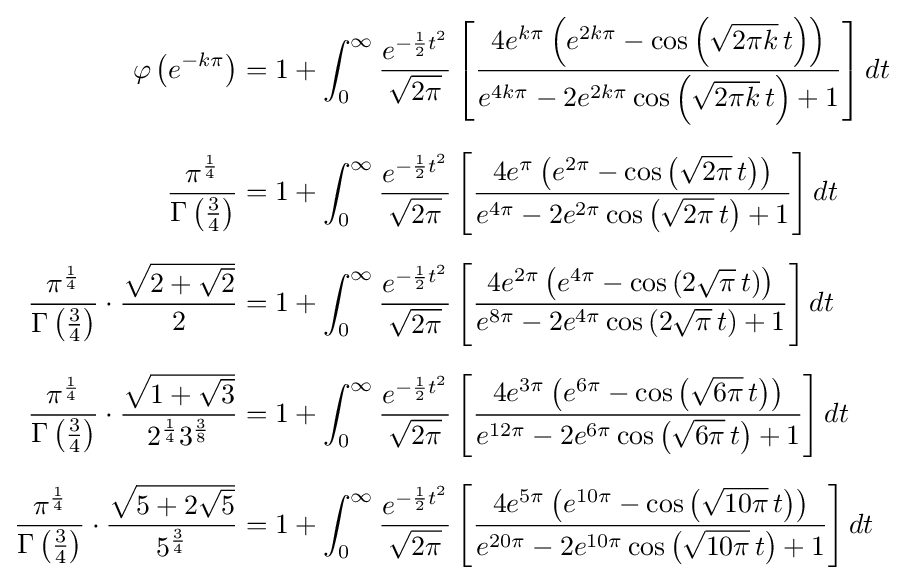
{\begin{aligned}\varphi \left(e^{-k\pi }\right)&=1+\int _{0}^{\infty }{\frac {e^{-{\frac {1}{2}}t^{2}}}{\sqrt {2\pi }}}\left[{\frac {4e^{k\pi }\left(e^{2k\pi }-\cos \left({\sqrt {2\pi k}}\,t\right)\right)}{e^{4k\pi }-2e^{2k\pi }\cos \left({\sqrt {2\pi k}}\,t\right)+1}}\right]dt\\[6pt]{\frac {\pi ^{\frac {1}{4}}}{\Gamma \left({\frac {3}{4}}\right)}}&=1+\int _{0}^{\infty }{\frac {e^{-{\frac {1}{2}}t^{2}}}{\sqrt {2\pi }}}\left[{\frac {4e^{\pi }\left(e^{2\pi }-\cos \left({\sqrt {2\pi }}\,t\right)\right)}{e^{4\pi }-2e^{2\pi }\cos \left({\sqrt {2\pi }}\,t\right)+1}}\right]dt\\[6pt]{\frac {\pi ^{\frac {1}{4}}}{\Gamma \left({\frac {3}{4}}\right)}}\cdot {\frac {\sqrt {2+{\sqrt {2}}}}{2}}&=1+\int _{0}^{\infty }{\frac {e^{-{\frac {1}{2}}t^{2}}}{\sqrt {2\pi }}}\left[{\frac {4e^{2\pi }\left(e^{4\pi }-\cos \left(2{\sqrt {\pi }}\,t\right)\right)}{e^{8\pi }-2e^{4\pi }\cos \left(2{\sqrt {\pi }}\,t\right)+1}}\right]dt\\[6pt]{\frac {\pi ^{\frac {1}{4}}}{\Gamma \left({\frac {3}{4}}\right)}}\cdot {\frac {\sqrt {1+{\sqrt {3}}}}{2^{\frac {1}{4}}3^{\frac {3}{8}}}}&=1+\int _{0}^{\infty }{\frac {e^{-{\frac {1}{2}}t^{2}}}{\sqrt {2\pi }}}\left[{\frac {4e^{3\pi }\left(e^{6\pi }-\cos \left({\sqrt {6\pi }}\,t\right)\right)}{e^{12\pi }-2e^{6\pi }\cos \left({\sqrt {6\pi }}\,t\right)+1}}\right]dt\\[6pt]{\frac {\pi ^{\frac {1}{4}}}{\Gamma \left({\frac {3}{4}}\right)}}\cdot {\frac {\sqrt {5+2{\sqrt {5}}}}{5^{\frac {3}{4}}}}&=1+\int _{0}^{\infty }{\frac {e^{-{\frac {1}{2}}t^{2}}}{\sqrt {2\pi }}}\left[{\frac {4e^{5\pi }\left(e^{10\pi }-\cos \left({\sqrt {10\pi }}\,t\right)\right)}{e^{20\pi }-2e^{10\pi }\cos \left({\sqrt {10\pi }}\,t\right)+1}}\right]dt\end{aligned}}